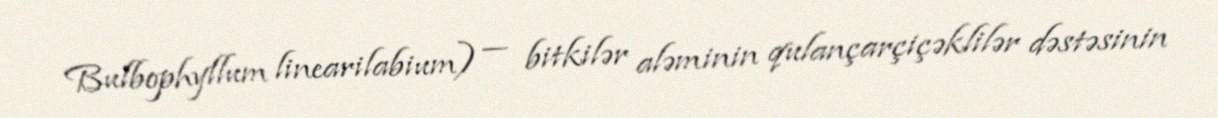
Bulbophyllum linearilabium) — bitkilər aləminin qulançarçiçəklilər dəstəsinin